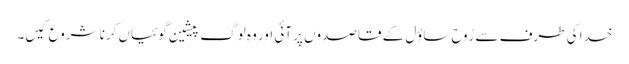
خدا کی طرف سے رُوح ساؤل کے قاصدوں پر آئی اور وہ لوگ پیشین گوئیاں کرنا شروع کیں۔